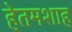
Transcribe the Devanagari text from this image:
हेतमशाह